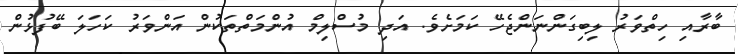
ބާރާއި ހިތްވަރު ލިބިގަންނަންޖެހޭ ކަމަށެވެ. އަދި މުސްލިމް އުންމަތްތަކުން އަންވަރު ކަހަލަ ބޭފުޅުން